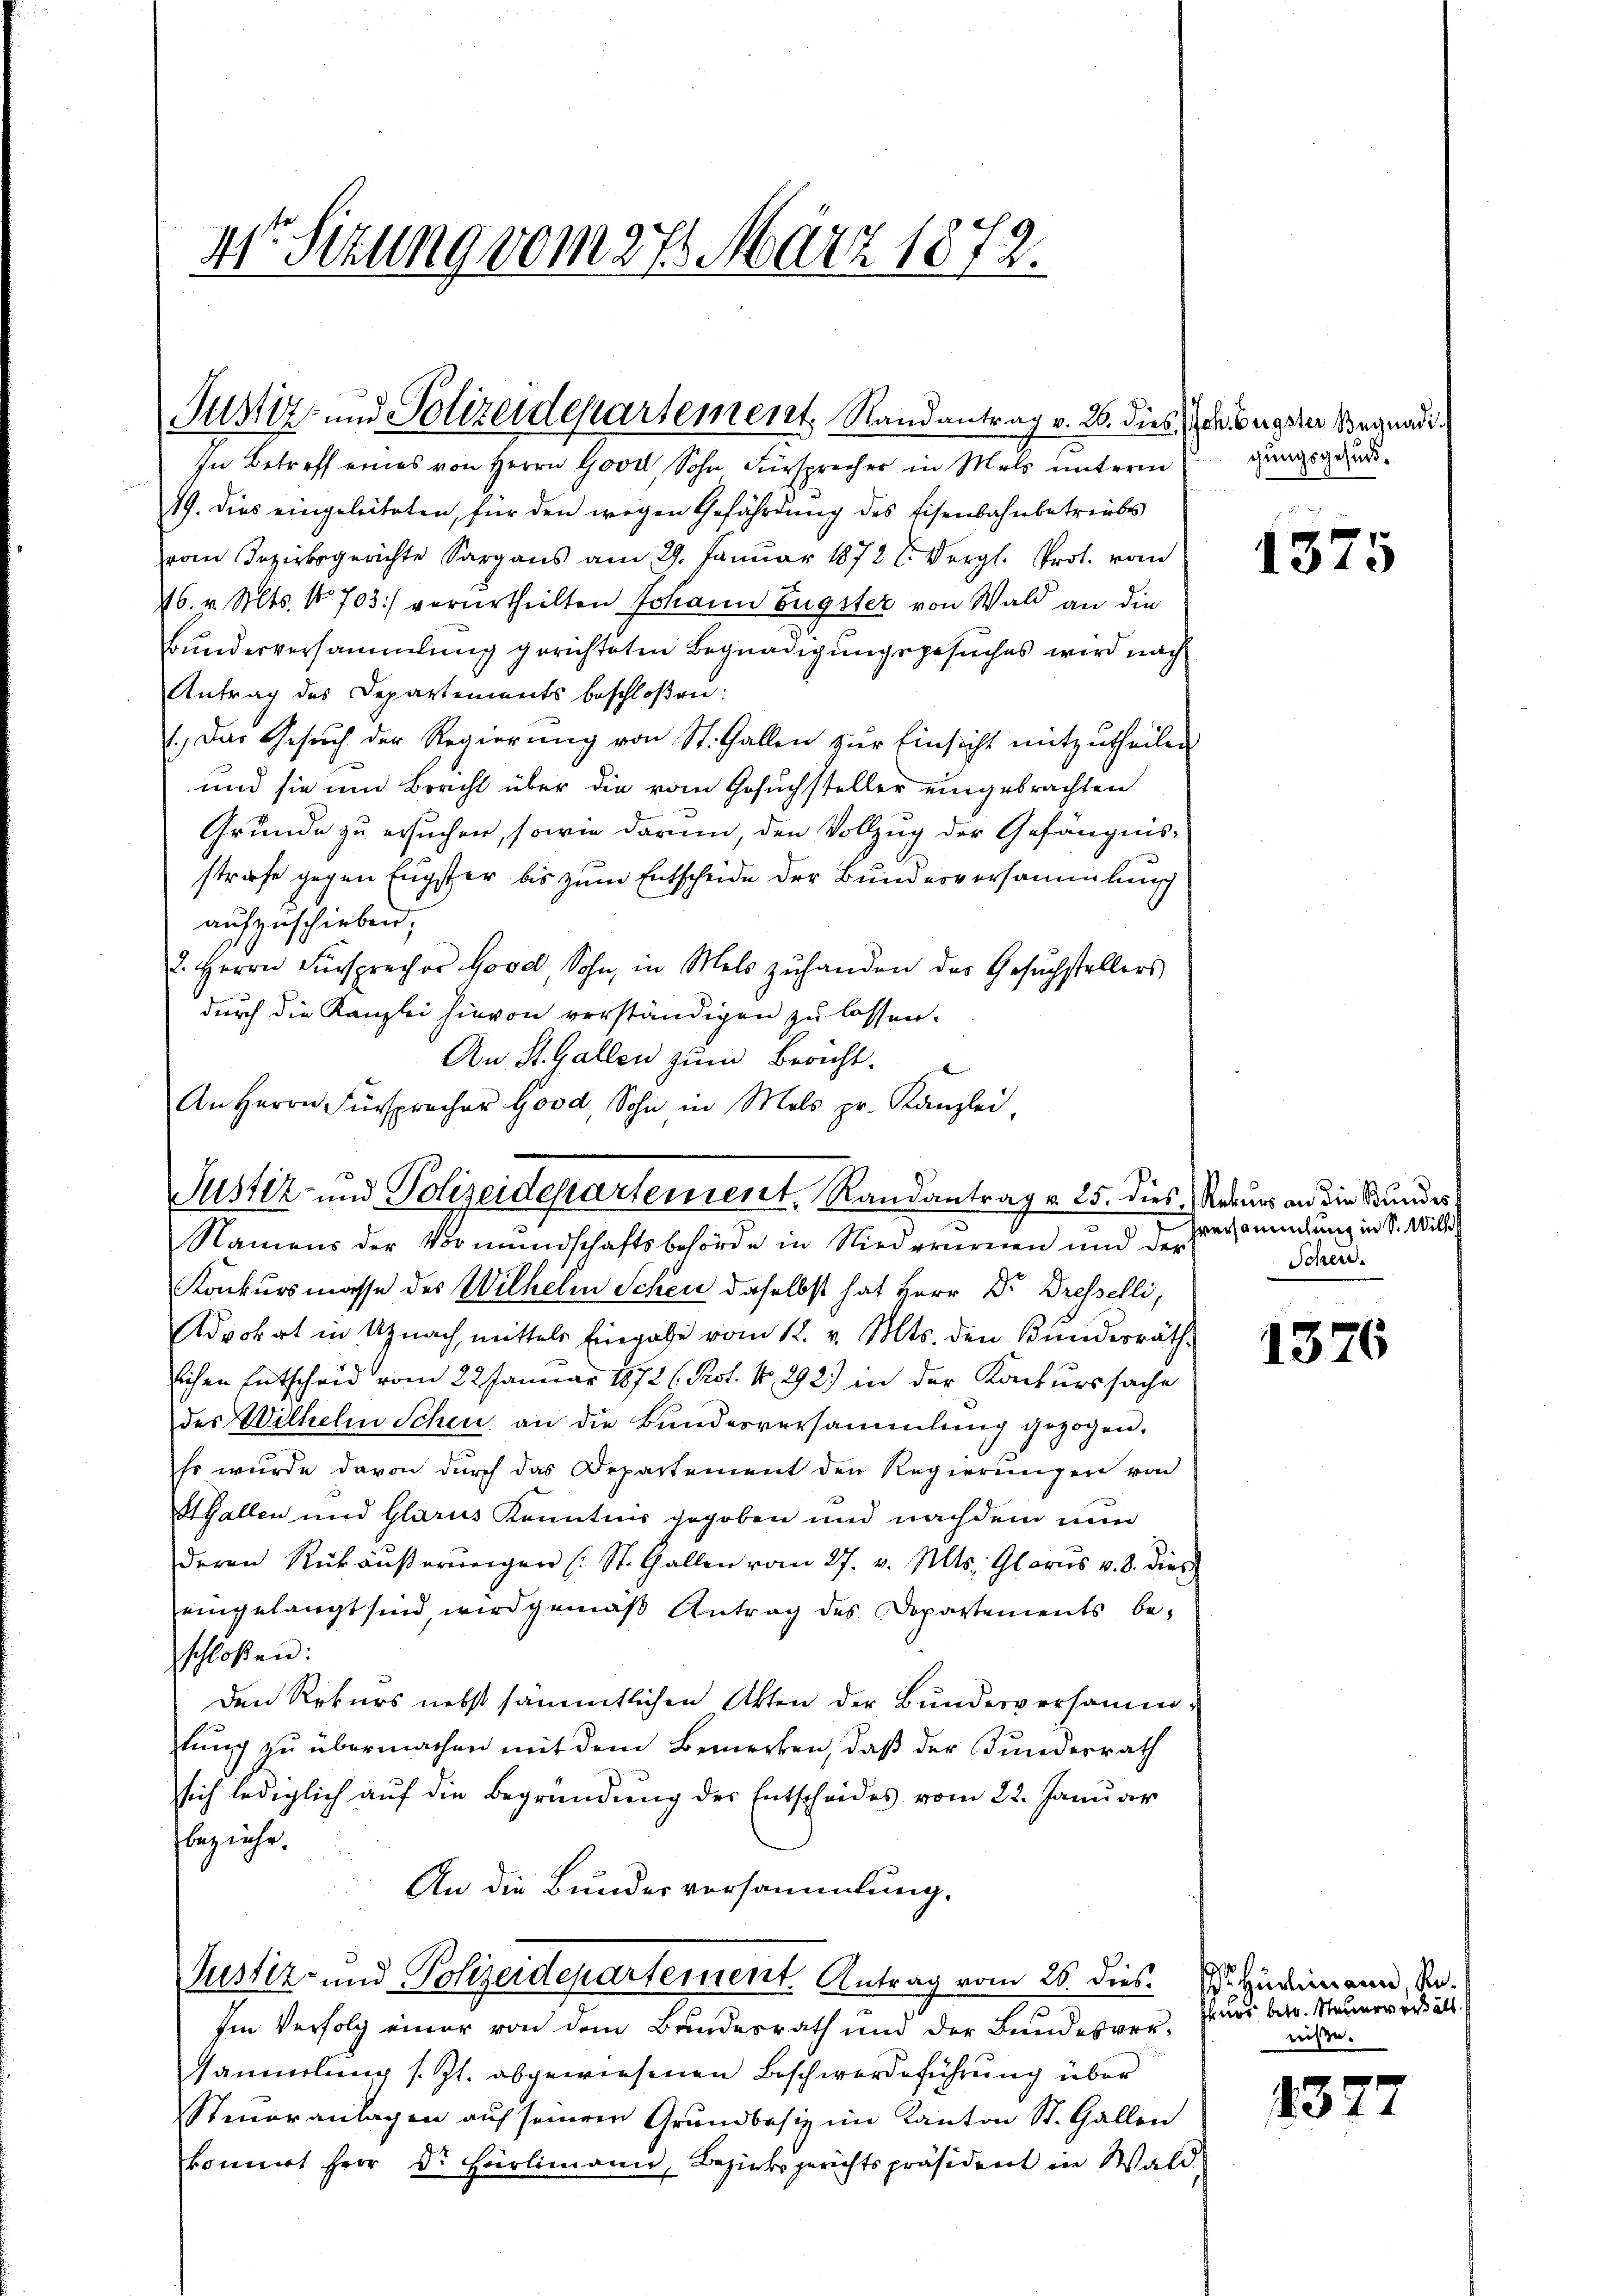
11te Sitzung vom 27. März 1872.

In Betreff eines von Herrn Good Sohn Fürsprecher in Mals unterm gangsgesund¬
19. Dies eingeleiteten, für den wegen Gefährdung des Eisenbahnbetreibs
vom Bezirksgerichte Sargans am 29. Janŭar 1878 l. Vergl. Prot. vom
46. v. Mts. No. 703) verurtheilten Johann Eugster von Wald an die
Bunderversammlung gerichteten Begnadigungsgesuches wird nach
Antrag des Departements beschloßen:
. Das Gesŭch der Regierŭng von St. Gallen zŭr Einsicht mitzŭtheilen
und sie und Bericht über die vom Gesuchsteller eingebrachten
Grunde zu ersuchen, sowie darum, den Vollzug der Gefängnis-
strafe gegen Engster bis zum Entscheide der Bundesversammlung
aufzuschieben,
2. Herrn Fürsprecher Good, Sohn, in Mels zŭhanden das Gesŭchstellers
durch die Kanzlei hievon verständigen zu lassen.
An St. Gallen zum Bericht.
An Herrn Fürsprecher Good, Sohn in Mels pr. Kanzlei.

Justiz- und Polizeidepartement, Randantrag v. 26. dies de beyder Begnadi

Justiz- und Polizeidepartement, Randantrag v. 25. dies

Namens der Vormundschaftsbehörde in Niederurnen und der
Konkursmasse des Wilhelm Schen daselbst hat Herr Dr. Dresselli,
Advokat in Uznach, mittels Eingabe vom 12. v. Mts. den Kinderräth
lichen Entscheid vom 22. Januar 1872 (. Prot. No. 292) in der Konkurssache
des Wilhelm Schen an die Bundesversammlung gezogen.
so wurde davon durch das Departement den Regierungen von
Hallen und Glarus Kenntnis gegeben und nachdem nun
deren Rükäŭβerŭngen (: St. Gallen vom 27. v. Mts. Glarus v. 8. dies
eingelangt sind, wird gemäß Antrag des Departements beschloßen:
den Rekurs nebst sämmtlichen Akten der Bundesversammlung zu übermachen mit dem Bemerken, daß der Kundesrath
sich lediglich auf die Begründung der Entscheides vom 22. Januar
beziehe.
An die Bundesversammlung.
Justiz- und Polizeidepartement. Antrag vom 26. dies
Im Verfolg einer von dem Bundesrath und der Bundesversammlung s. Zt. abgewiesenen Beschwerdeführung über
Steueranlagen auf seinem Grundbesiz im Kanton St. Gallen
komit Herr Dr. Hürlimann, Bezirksgerichtspräsident in Wald-

132

1376

5

) Rekurs an die Kundest
hversammlung in S. Will
Schend.

Hürlimann, Re¬
Surs betr. Steuerverhält.
nisse.

1377